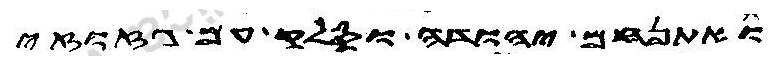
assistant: ואתנחם יהודה וסלק עם גזוזי